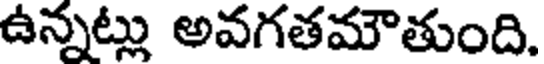
ఉన్నట్లు అవగతమౌతుంది.